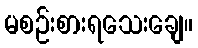
မစဉ်းစားရသေးချေ။